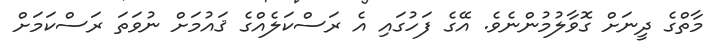
މާތްގެ ދީނަށް ގޮވާލުމުންނެވެ. އޭގެ ފަހުގައި އެ ރަސްކަލެއްގެ ޤައުމަށް ނުވަތަ ރަސްކަމަށް